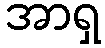
အာရှ